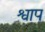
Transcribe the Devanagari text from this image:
श्वाप